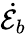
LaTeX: \dot{\mathcal{E}_{b}}